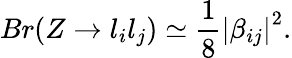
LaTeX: Br(Z\rightarrow l_{i}l_{j})\simeq\frac{1}{8}\left|\beta_{ij}\right|^{2}.